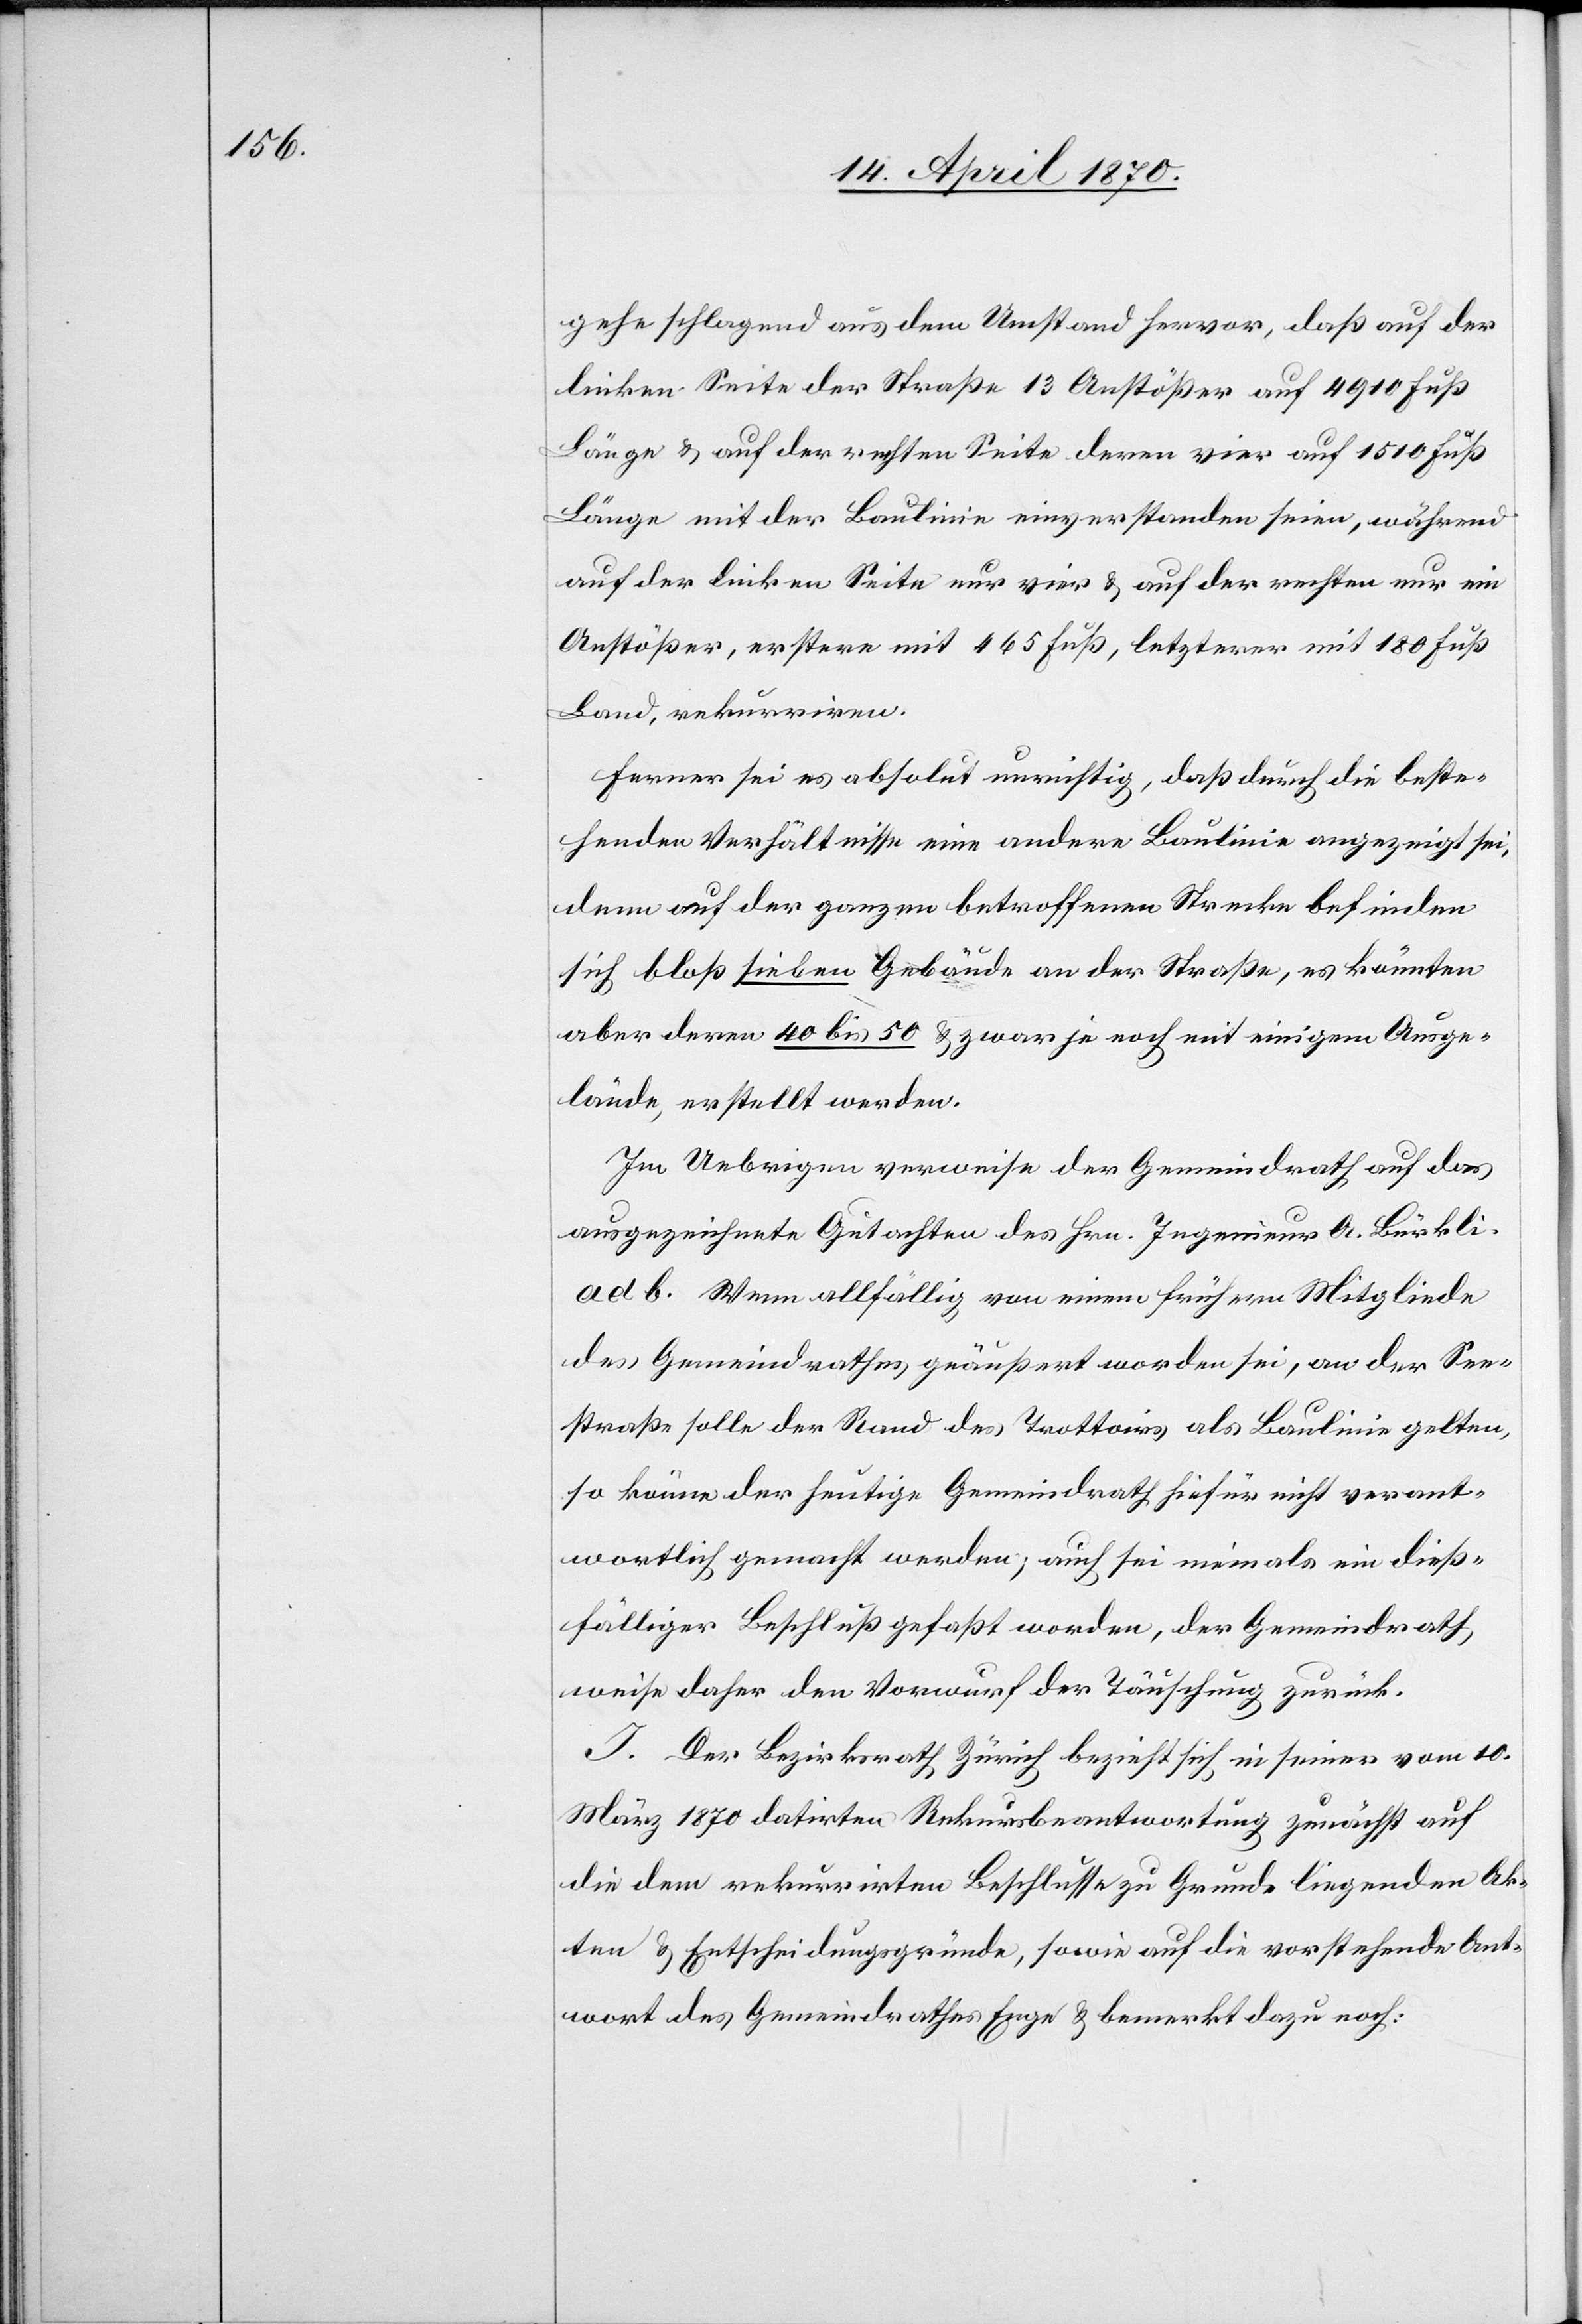
gehe schlagend aus dem Umstand hervor, daß auf der
linken Seite der Straße 13 Anstößer auf 4910 Fuß
Länge & auf der rechten Seite deren vier auf 1510 Fuß
Länge mit der Baulinie einverstanden seien, während
auf der linken Seite nur vier & auf der rechten nur ein
Anstößer, erstere mit 465 Fuß, letzterer mit 180 Fuß
Land, rekurriren.
Ferner sei es absolut unrichtig, daß durch die beste¬
henden Verhältnisse eine andere Baulinie angezeigt sei,
denn auf der ganzen betroffenen Strecke befinden
sich bloß sieben Gebäude an der Straße, es könnten
aber deren 40 bis 50 & zwar je noch mit einigem Ausge¬
lände, erstellt werden.
Im Uebrigen verweise der Gemeindrath auf das
ausgezeichnete Gutachten des Hrn. Ingenieur A. Bürkli.
ad b. Wenn allfällig von einem frühern Mitgliede
des Gemeindrathes geäußert worden sei, an der See¬
straße solle der Rand des Trottoirs als Baulinie gelten,
so könne der heutige Gemeindrath hiefür nicht verant¬
wortlich gemacht werden; auch sei niemals ein dieß¬
fälliger Beschluß gefaßt worden, der Gemeindrath
weise daher den Vorwurf der Täuschung zurück.
J. Der Bezirksrath Zürich bezieht sich in seiner vom 10.
März 1870 datirten Rekursbeantwortung zunächst auf
die dem rekurrirten Beschlusse zu Grunde liegenden Ak¬
ten & Entscheidungsgründe, sowie auf die vorstehende Ant¬
wort des Gemeindrathes Enge & bemerkt dazu noch: